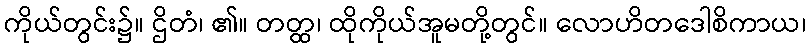
ကိုယ်တွင်း၌။ ဌိတံ၊ ၏။ တတ္ထ၊ ထိုကိုယ်အူမတို့တွင်။ လောဟိတဒေါစိကာယ၊